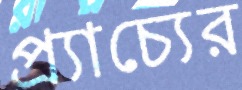
প্র্যাচ্যের